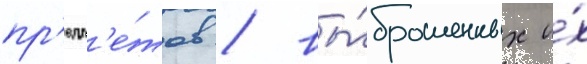
пр'едм'е́тов / вы́брошенных и́х